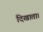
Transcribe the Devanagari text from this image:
दिखाता।